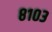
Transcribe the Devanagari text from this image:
८१०३